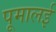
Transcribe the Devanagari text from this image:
पूमालई